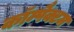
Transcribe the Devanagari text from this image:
कॉम्पैक्टम